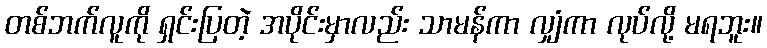
တစ်ဘက်လူကို ရှင်းပြတဲ့ အပိုင်းမှာလည်း သာမန်ကာ လျှံကာ လုပ်လို့ မရဘူး။